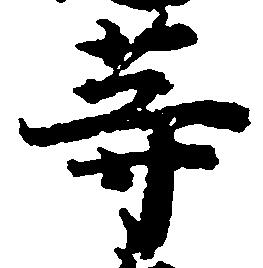
等